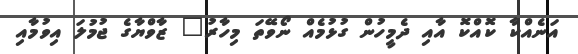
އަނެއްކާ ކޮއްކޮ އާއި ދެމީހުން ގުޅުމެއް ނޯވޭތަ މިހާރު" ޒާވްޔާގެ ޖުމުލަ އިވުމާއި